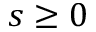
s \geq 0